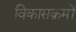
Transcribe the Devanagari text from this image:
विकासक्रमों